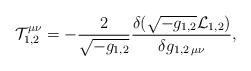
LaTeX: \begin{align*}{\cal T}^{\mu\nu}_{1,2}=-{2\over\sqrt{-g_{1,2}}}{{\delta(\sqrt{-g_{1,2}}{\cal L}_{1,2})}\over{\delta g_{1,2\,\mu\nu}}},\end{align*}